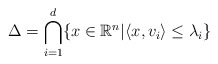
\begin{align*} \Delta=\bigcap_{i=1}^d\{x\in\mathbb{R}^n |\langle x,v_i\rangle\leq\lambda_i\}\end{align*}